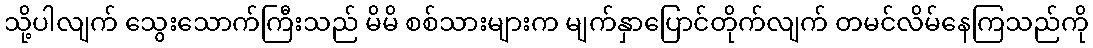
သို့ပါလျက် သွေးသောက်ကြီးသည် မိမိ စစ်သားများက မျက်နှာပြောင်တိုက်လျက် တမင်လိမ်နေကြသည်ကို